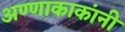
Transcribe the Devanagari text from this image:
अण्णाकाकांनी